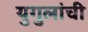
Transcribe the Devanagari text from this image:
युगुलांची